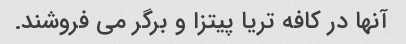
آنها در کافه تریا پیتزا و برگر می فروشند.